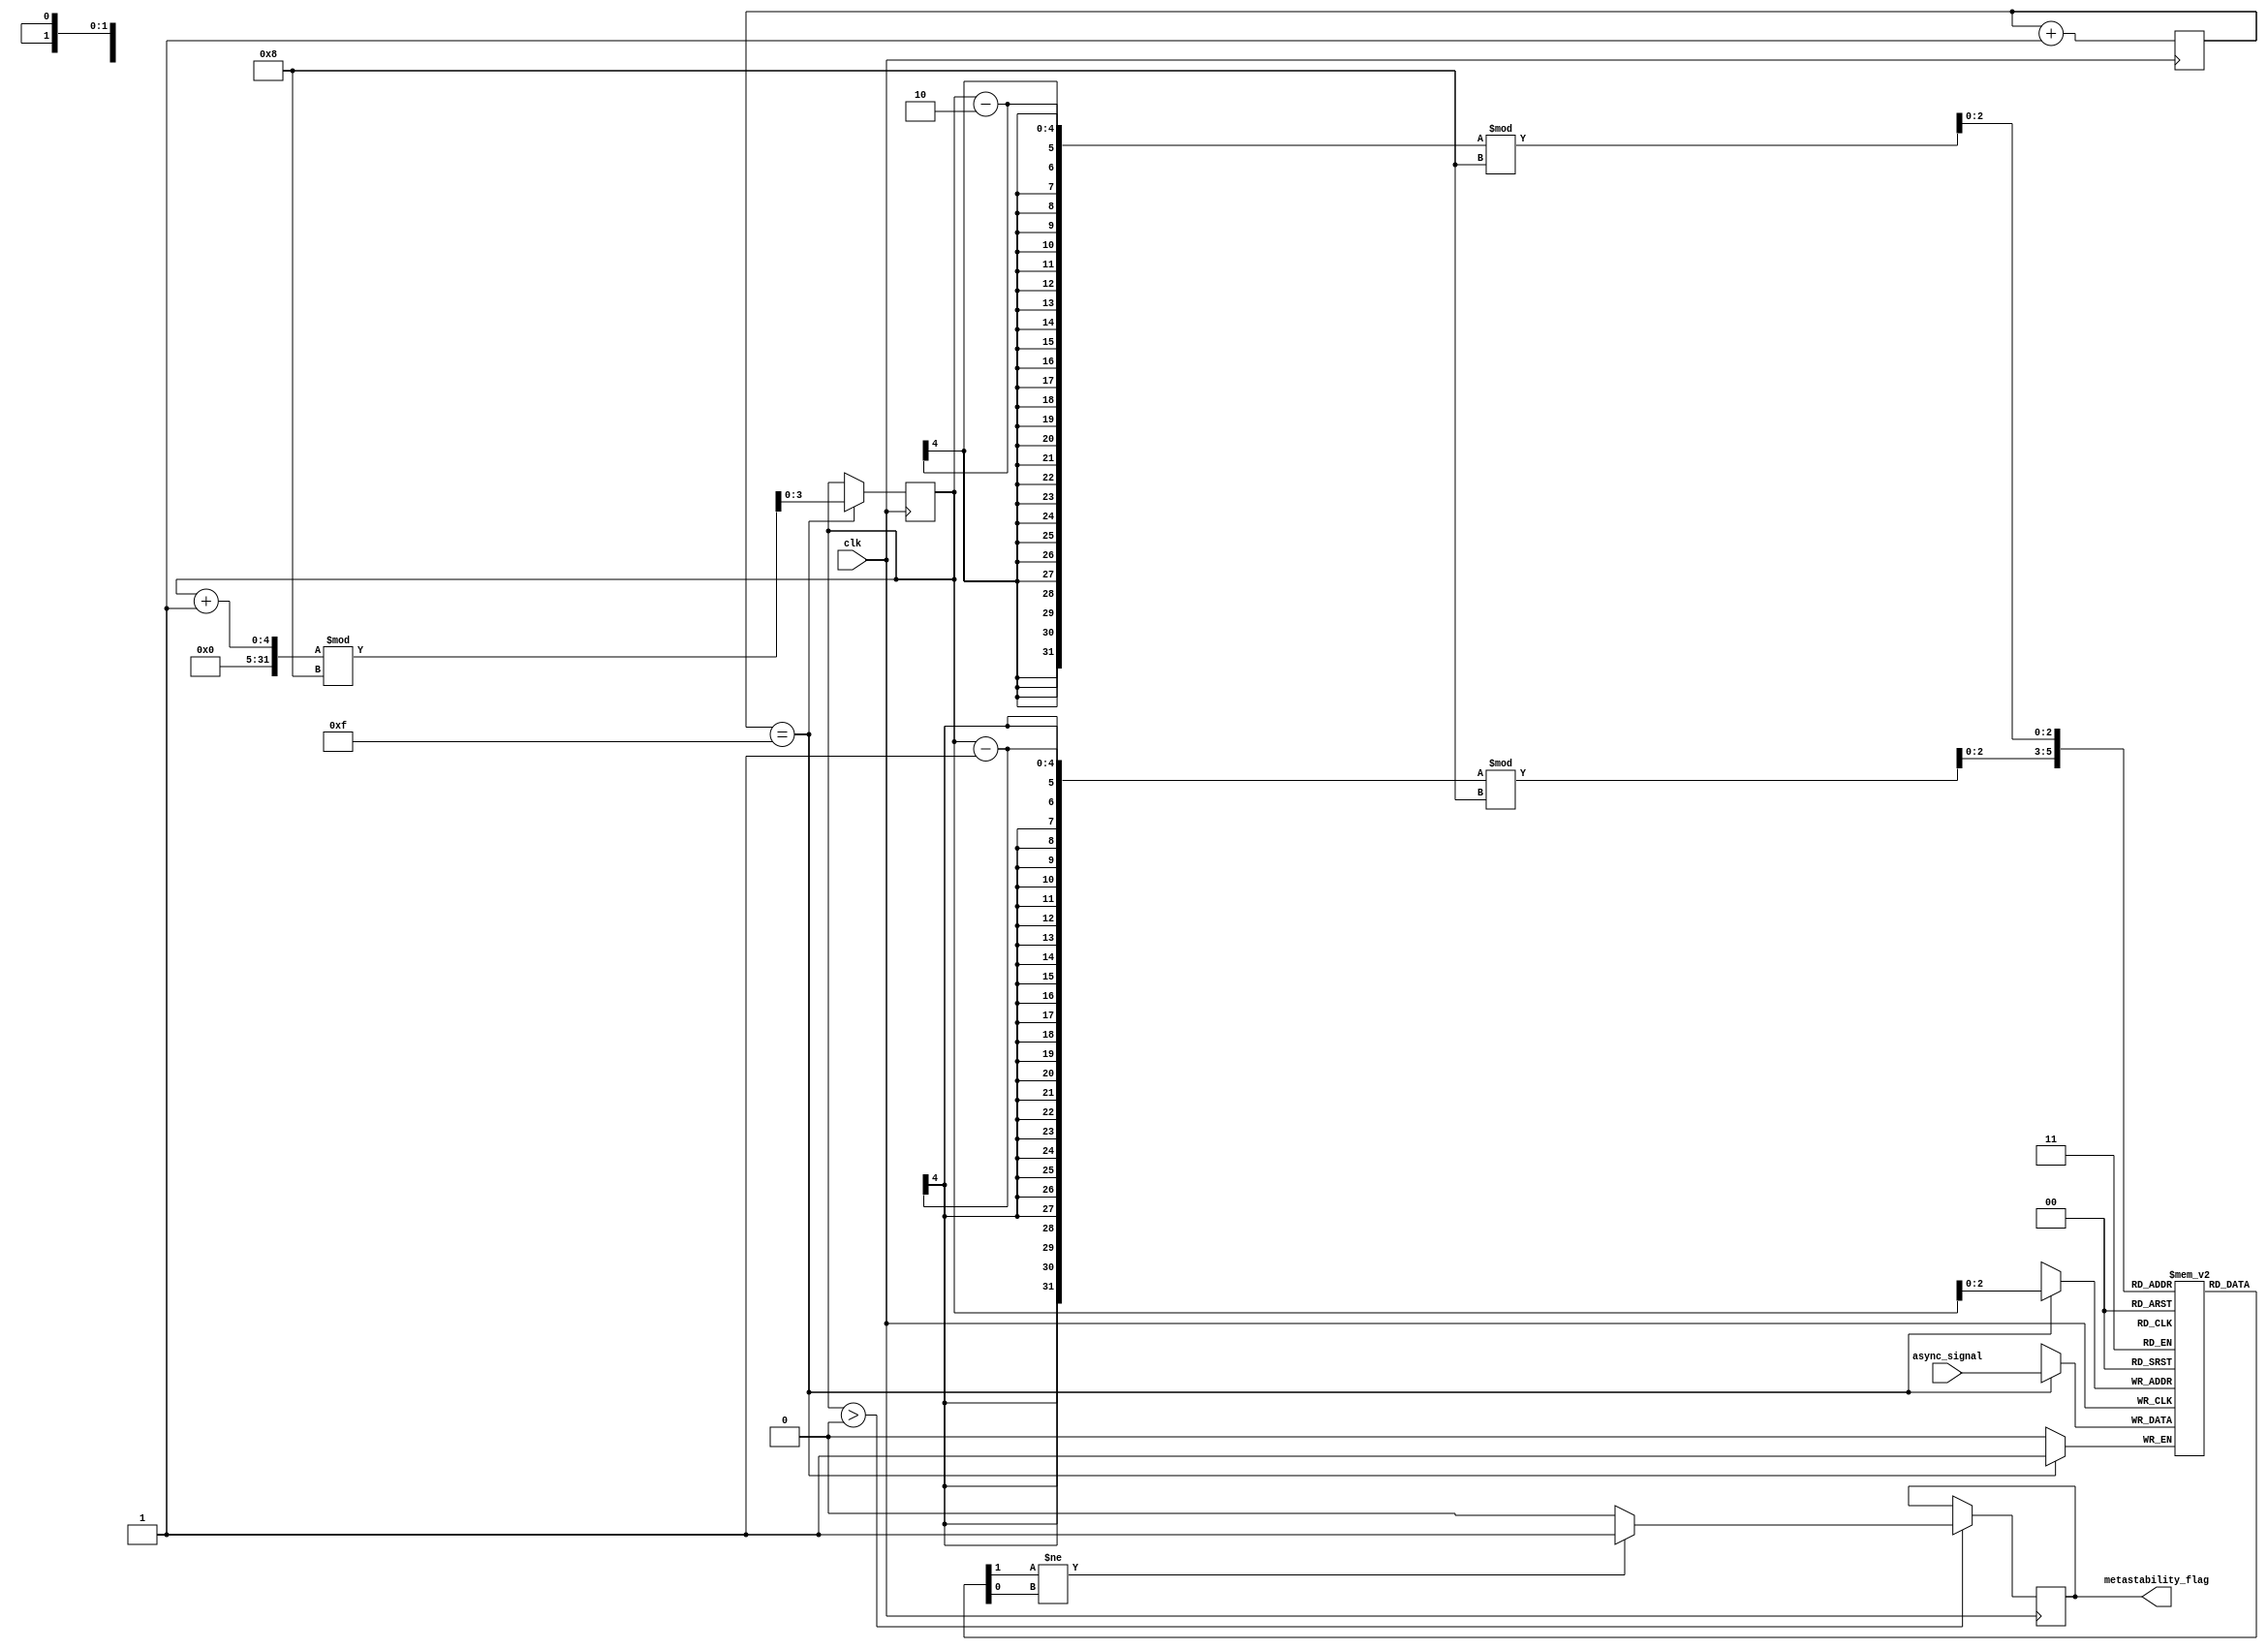
module metastability_detector #(
    parameter NUM_SAMPLES = 8, // Number of samples to store
    parameter SAMPLE_WIDTH = 1  // Width of the input signal
)(
    input wire clk,                // Sampling clock
    input wire async_signal,       // Input signal to monitor for metastability
    output reg metastability_flag   // Metastability indicator
);

    // Memory block to store samples
    reg [SAMPLE_WIDTH-1:0] samples [0:NUM_SAMPLES-1];
    reg [3:0] sample_index; // Index for storing samples
    reg [SAMPLE_WIDTH-1:0] prev_sample; // Previous sample for comparison

    // Random sampling logic (simple counter for demonstration)
    reg [3:0] random_sample_time; // Random sample time (for demonstration)
    always @(posedge clk) begin
        // Update random sample time (for demonstration, can be replaced with a real random generator)
        random_sample_time <= random_sample_time + 1;

        // Sample the async_signal at random intervals
        if (random_sample_time == 4'b1111) begin // Example condition for random sampling
            samples[sample_index] <= async_signal;
            sample_index <= (sample_index + 1) % NUM_SAMPLES; // Circular buffer
        end
    end

    // Comparison logic to detect metastability
    always @(posedge clk) begin
        if (sample_index > 0) begin
            prev_sample <= samples[(sample_index - 1) % NUM_SAMPLES];
            // Compare current sample with previous sample
            if (samples[(sample_index - 1) % NUM_SAMPLES] != samples[(sample_index - 2) % NUM_SAMPLES]) begin
                metastability_flag <= 1'b1; // Metastability detected
            end else begin
                metastability_flag <= 1'b0; // No metastability
            end
        end
    end

endmodule